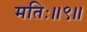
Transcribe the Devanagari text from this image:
मतिः॥९॥